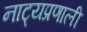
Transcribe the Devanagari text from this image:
नाट्यप्रणाली